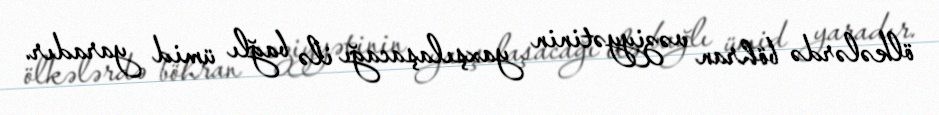
ölkələrdə böhran vəziyyətinin yaxşılaşacağı ilə bağlı ümid yaradır.